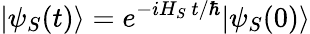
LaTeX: |\psi_{S}(t)\rangle=e^{-iH_{S}~t/\hbar}|\psi_{S}(0)\rangle